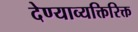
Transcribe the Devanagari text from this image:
देण्याव्यक्तिरिक्त